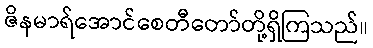
ဇိနမာရ်အောင်စေတီတော်တို့ရှိကြသည်။